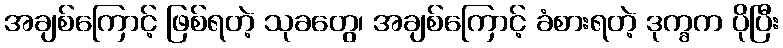
အချစ်ကြောင့် ဖြစ်ရတဲ့ သုခတွေ၊ အချစ်ကြောင့် ခံစားရတဲ့ ဒုက္ခက ပိုပြီး